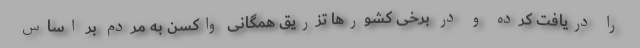
را دریافت کرده و در برخی کشورها تزریق همگانی واکسن به مردم بر اساس